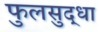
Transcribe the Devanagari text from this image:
फुलसुद्धा